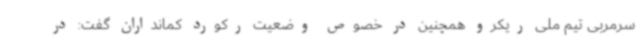
سرمربی تیم ملی ریکرو همچنین در خصوص وضعیت رکورد کمانداران گفت: در